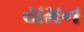
યમન